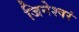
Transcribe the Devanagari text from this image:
जिनेश्वरं